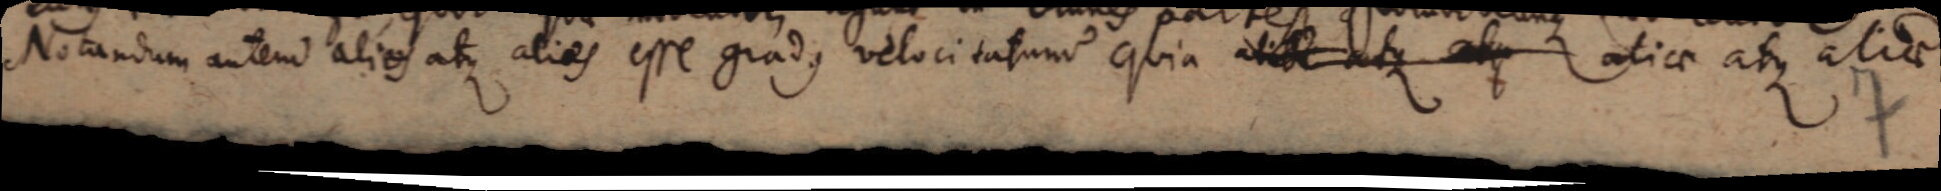
Notandum autem alios atque alios esse gradus velocitatum quia aliae atque aliae